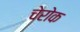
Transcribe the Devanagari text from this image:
चेरोक